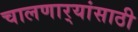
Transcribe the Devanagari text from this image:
चालणार्‍यांसाठी